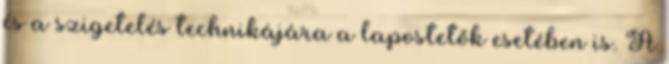
és a szigetelés technikájára a lapostetők esetében is. A